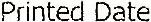
PRINTED DATE